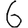
Digit: 6